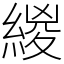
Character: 緵